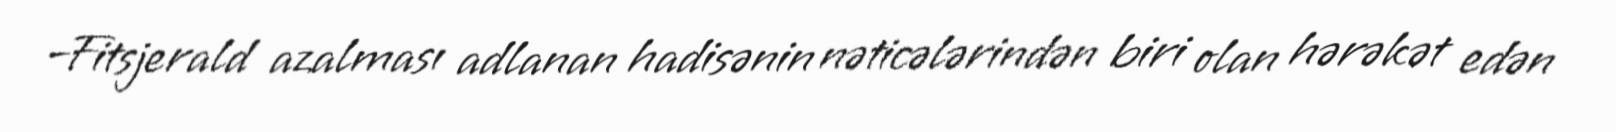
–Fitsjerald azalması adlanan hadisənin nəticələrindən biri olan hərəkət edən